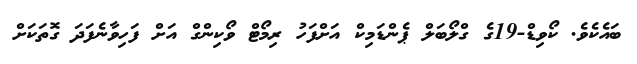
ބައެކެވެ. ކޯވިޑް-19ގެ ގްލޯބަލް ޕެންޑަމިކް އަށްފަހު ރިމޯޓް ވޯކިންގް އަށް ފަހިވާނެފަދަ ގޮތަކަށް